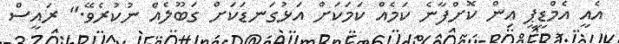
އެއީ އެމްޑީޕީ އިން ކޮށްފާނެ ކަމެއް ކަމަކަށް އަޅުގަނޑަކަށް ގަބޫލެއް ނުކުރެވޭ." ރައީސް